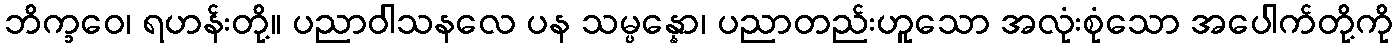
ဘိက္ခဝေ၊ ရဟန်းတို့။ ပညာဝါသနလေ ပန သမ္ပန္နော၊ ပညာတည်းဟူသော အလုံးစုံသော အပေါက်တို့ကို